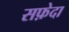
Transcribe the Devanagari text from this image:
सफ़ेदा